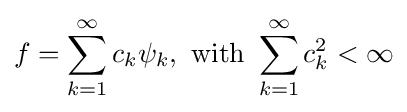
f=\sum _{k=1}^{\infty }c_{k}\psi _{k},{\text{ with }}\sum _{k=1}^{\infty }c_{k}^{2}<\infty